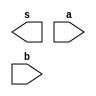
// ------------------------- 
// Exemplo0031 - F4 
// Nome: Rafael Tadeu Campos de Medeiros 
// ------------------------- 
// ------------------------- 
// f4_gate 
// ------------------------- 
module f4 (output [3:0] s, 
input [3:0] a, 
input [3:0] b); 
// descrever por portas 
endmodule // f4 
module test_f4; 
// ------------------------- definir dados 
reg [3:0] x; 
reg [3:0] y; 
wire [3:0] z; 
f4 modulo (z, x, y); 
// ------------------------- parte principal 
initial begin 
$display("Exemplo0031 - Rafael Tadeu - 451609"); 
$display("Test LU's module"); 
x = 4'b0011; y = 4'b0101; 
// projetar testes do modulo 
#1 $display("%3b %3b %3b",x,y,z); 
end 
endmodule // test_f4